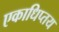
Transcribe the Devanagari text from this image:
एकाधिप्तय